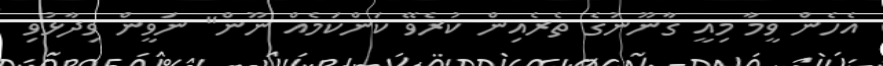
އެހެން ވީމާ މިއީ ގާނޫނުގެ ތެރެއިން ކުރެވޭ ކަންކަމެއް ނޫން" ނަވީން ވިދާޅުވި